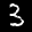
Label: 3